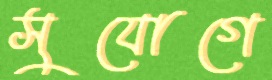
সুযোগে